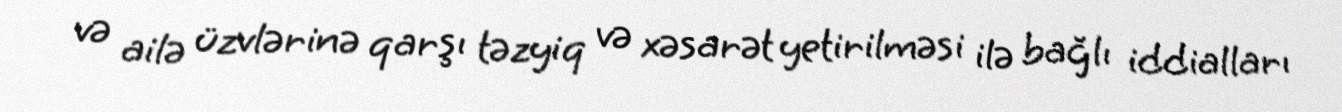
və ailə üzvlərinə qarşı təzyiq və xəsarət yetirilməsi ilə bağlı iddialları